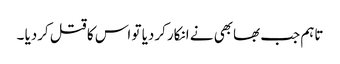
تاہم جب بھابھی نے انکار کردیا تو اس کا قتل کردیا ۔